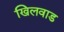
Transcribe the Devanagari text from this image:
खिलवाड